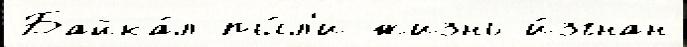
Байка́л пы́л'и жизнь и́згнан